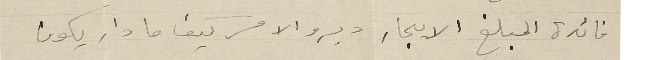
فائدة المبلغ الايجار دبرو الامر كيف ما دار يكون